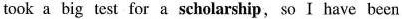
took a big test for a scholarship, so I have been